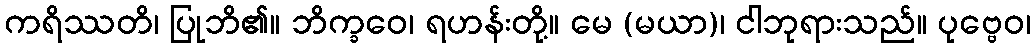
ကရိဿတိ၊ ပြုဘိ၏။ ဘိက္ခဝေ၊ ရဟန်းတို့။ မေ (မယာ)၊ ငါဘုရားသည်။ ပုဗ္ဗေဝ၊